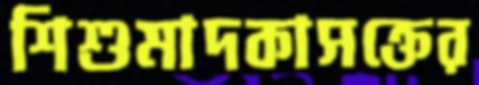
শিশুমাদকাসক্তের